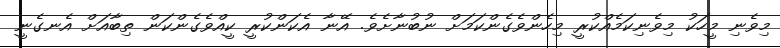
މިވެނި މީހަކު މިވެނިކަމެއްކުރީ މިހެންވެގެންކަމަށް ނުބުނާށެވެ. އޭނާ އެކަންކުރީ ކީއްވެގެންކަން ތިބާއަށް އެނގެނީ